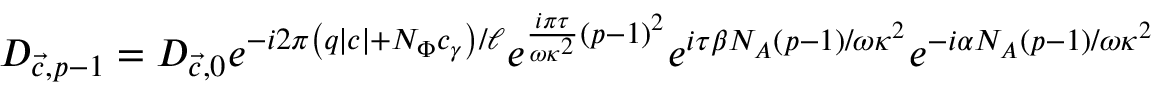
D _ { { \vec { c } } , p - 1 } = D _ { { \vec { c } } , 0 } e ^ { - i 2 \pi \left( q \mid c \mid + N _ { \Phi } c _ { \gamma } \right) / \ell } e ^ { \frac { i \pi \tau } { \omega \kappa ^ { 2 } } \left( p - 1 \right) ^ { 2 } } e ^ { i \tau \beta N _ { A } \left( p - 1 \right) / { \omega \kappa ^ { 2 } } } e ^ { - i \alpha N _ { A } \left( p - 1 \right) / { \omega \kappa ^ { 2 } } }